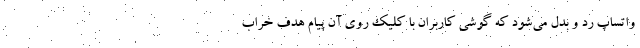
واتساپ رد و بدل می‌شود که گوشی کاربران با کلیک روی آن پیام هدف خراب